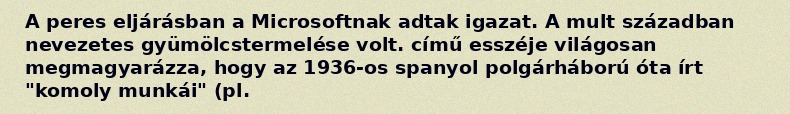
A peres eljárásban a Microsoftnak adtak igazat. A mult században nevezetes gyümölcstermelése volt. című esszéje világosan megmagyarázza, hogy az 1936-os spanyol polgárháború óta írt "komoly munkái" (pl.